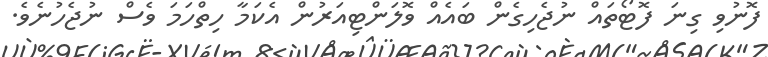
ފޮނުވި ގިނަ ފޮޓޯތައް ނުޖެހިގެން ބައެއް ވޮލަންޓިއަރުން އެކަމާ ހިތްހަމަ ވެސް ނުޖެހުނެވެ.